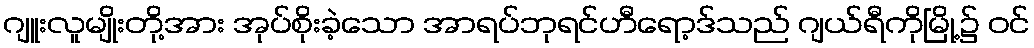
ဂျူးလူမျိုးတို့အား အုပ်စိုးခဲ့သော အာရပ်ဘုရင်ဟီရော့ဒ်သည် ဂျယ်ရီကိုမြို့၌ ဝင်